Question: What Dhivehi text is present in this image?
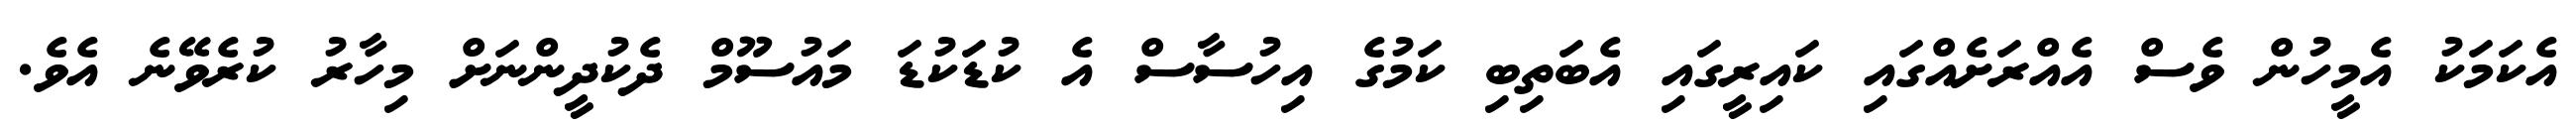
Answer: އެކަމަކު އެމީހުން ވެސް އެއްރަށެއްގައި ކައިރީގައި އެބަތިބި ކަމުގެ އިހުސާސް އެ ކުޑަކުޑަ މައުސޫމް ދެކުދީންނަށް މިހާރު ކުރެވޭނެ އެވެ.